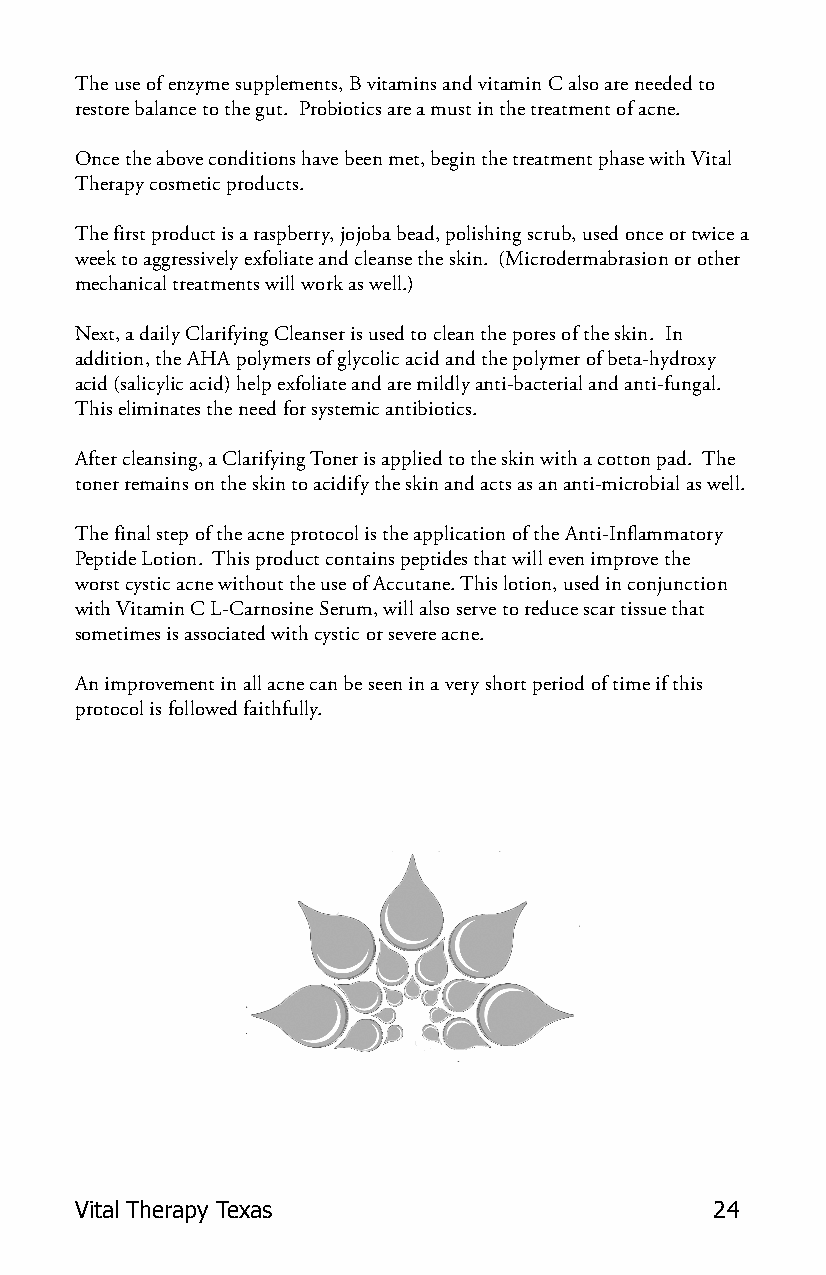
The use of enzyme supplements, B vitamins and vitamin C also are needed to
 restore balance to the gut. Probiotics are a must in the treatment of acne.
 Once the above conditions have been met, begin the treatment phase with Vital
 Therapy cosmetic products.
 The first product is a raspberry, jojoba bead, polishing scrub, used once or twice a
 week to aggressively exfoliate and cleanse the skin. (Microdermabrasion or other
 mechanical treatments will work as well.)
 Next, a daily Clarifying Cleanser is used to clean the pores of the skin. In
 addition, the AHA polymers of glycolic acid and the polymer of beta-hydroxy
 acid (salicylic acid) help exfoliate and are mildly anti-bacterial and anti-fungal.
 This eliminates the need for systemic antibiotics.
 After cleansing, a Clarifying Toner is applied to the skin with a cotton pad. The
 toner remains on the skin to acidify the skin and acts as an anti-microbial as well.
 The final step of the acne protocol is the application of the Anti-Inflammatory
 Peptide Lotion. This product contains peptides that will even improve the
 worst cystic acne without the use of Accutane. This lotion, used in conjunction
 with Vitamin C L-Carnosine Serum, will also serve to reduce scar tissue that
 sometimes is associated with cystic or severe acne.
 An improvement in all acne can be seen in a very short period of time if this
 protocol is followed faithfully.
 Vital Therapy Texas                       24